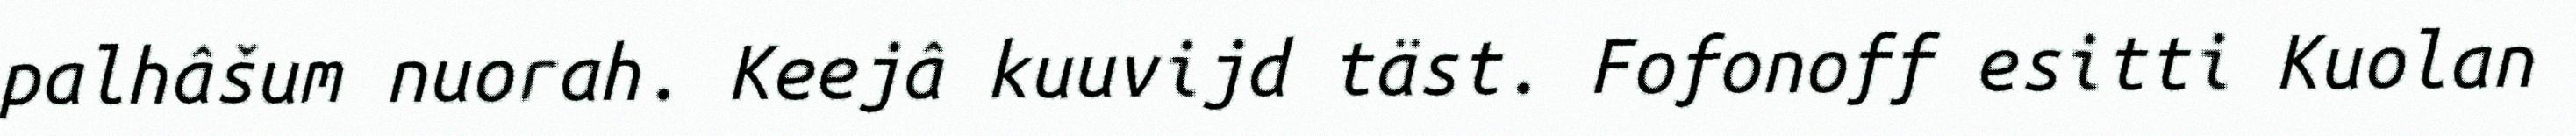
palhâšum nuorah. Keejâ kuuvijd täst. Fofonoff esitti Kuolan